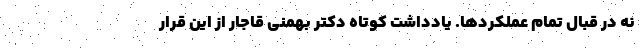
نه در قبال تمام عملکردها. یادداشت کوتاه دکتر بهمنی قاجار از این قرار